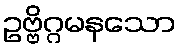
ဥဗ္ဗိဂ္ဂမနသော